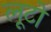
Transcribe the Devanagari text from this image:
लूटो